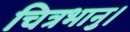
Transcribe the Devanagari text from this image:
चित्रभानु।